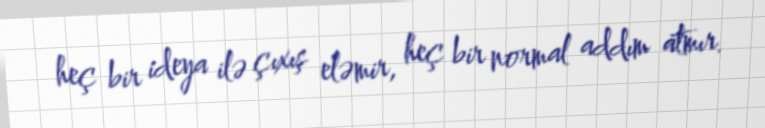
heç bir ideya ilə çıxış eləmir, heç bir normal addım atmır.